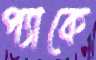
প্যাকে